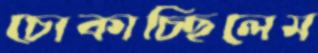
চোকাচ্ছিলেম